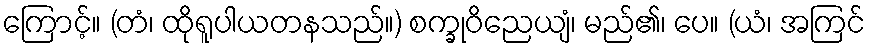
ကြောင့်။ (တံ၊ ထိုရူပါယတနသည်။) စက္ခုဝိညေယျံ၊ မည်၏၊ ပေ။ (ယံ၊ အကြင်